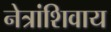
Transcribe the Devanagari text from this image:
नेत्रांशिवाय